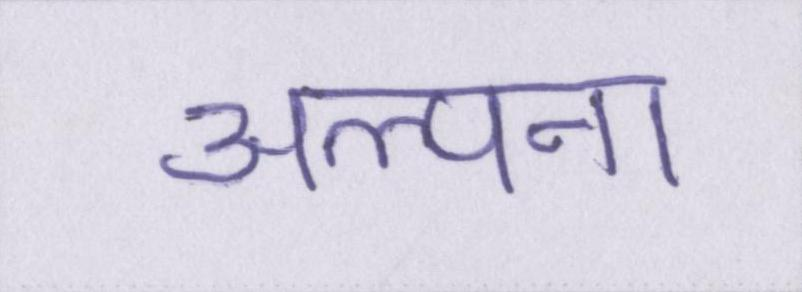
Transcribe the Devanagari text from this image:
अल्पना